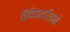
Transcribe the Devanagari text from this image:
चैंपियनशिपके